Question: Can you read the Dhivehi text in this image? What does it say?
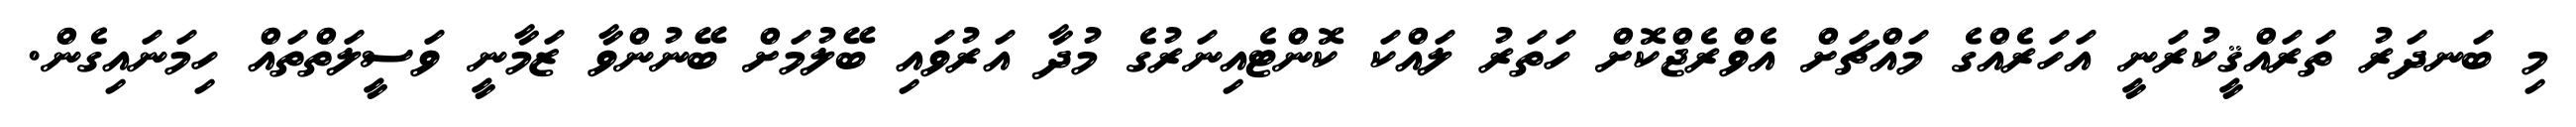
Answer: މި ބަނދަރު ތަރައްޤީކުރަނީ އަހަރެއްގެ މައްޗަށް އެވްރެޖްކޮށް ހަތަރު ލައްކަ ކޮންޓެއިނަރުގެ މުދާ އަރުވައި ބޭލުމަށް ބޭނުންވާ ޒަމާނީ ވަސީލަތްތައް ހިމަނައިގެން.